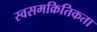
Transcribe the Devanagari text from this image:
स्वसमक्रितिकता